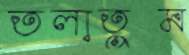
তলাতুম